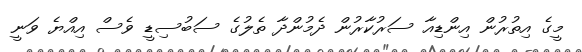
މީގެ އިތުރުން އިންޑިއާ ސަރުކާރުން ދެމުންދާ ތެލުގެ ސަބުސިޑީ ވެސް އިއްޔެ ވަނީ